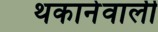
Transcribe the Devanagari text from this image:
थकानेवाली